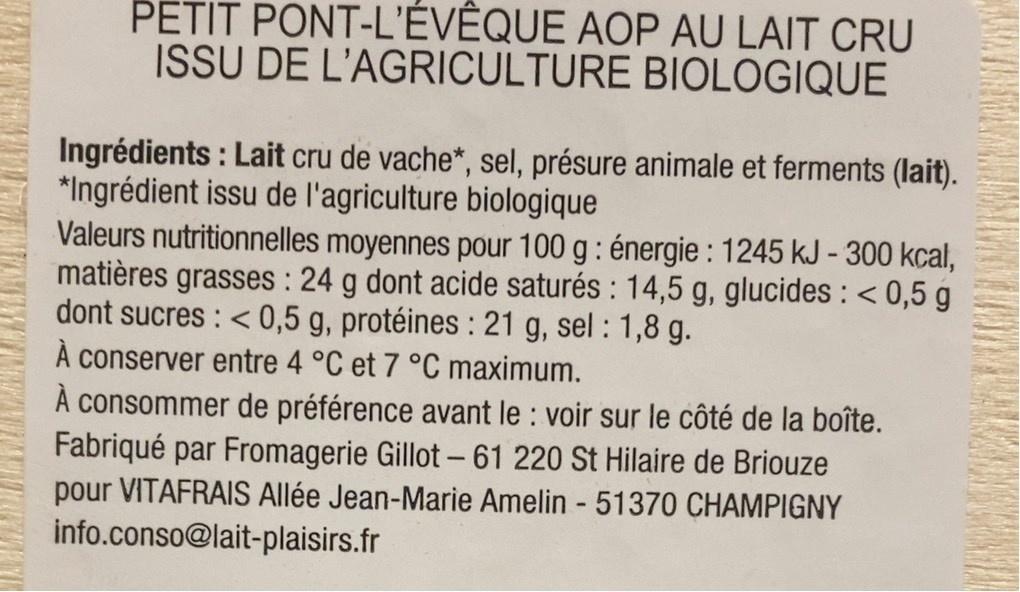
PETIT PONT-L'EVEQUE AOP AU LAIT CRU ISSU DE L'AGRICULTURE BIOLOGIQUE
Ingrédients : Lait cru de vache*, sel, présure animale et ferments (lait). *Ingrédient issu de l'agriculture biologique Valeurs nutritionnelles moyennes pour 100 g: énergie : 1245 kJ - 300 kcal, matières grasses : 24 g dont acide saturés : 14,5 g, glucides : < 0,5 g dont sucres : < 0,5 g, protéines : 21 g, sel : 1,8 g. À conserver entre 4 °C et 7 °C maximum. consommer de préférence avant le : voir sur le côté de la boîte. Fabriqué par Fromagerie Gillot – 61 220 St Hilaire de Briouz pour VITAFRAIS Allée Jean-Marie Amelin - 51370 CHAMPIGNY info.conso@lait-plaisirs.fr